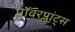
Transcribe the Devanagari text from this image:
पॉवरप्लांट्स